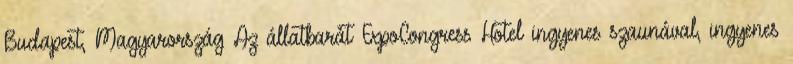
Budapest, Magyarország Az állatbarát ExpoCongress Hotel ingyenes szaunával, ingyenes